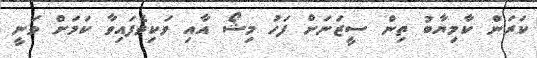
ކަރަން ކާމިޔާބު ތިން ސީޒަނަށް ފަހު މިޝޯ އާއި ވަކިވެފައިވާ ކަމަށް ވަނީ